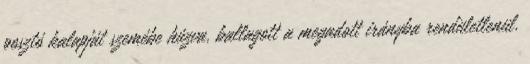
posztó kalapját szemébe húzva, ballagott a megadott irányba rendületlenül.